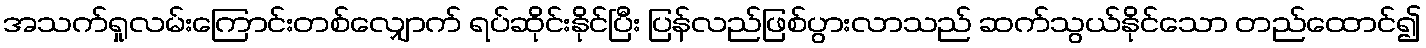
အသက်ရှုလမ်းကြောင်းတစ်လျှောက် ရပ်ဆိုင်းနိုင်ပြီး ပြန်လည်ဖြစ်ပွားလာသည် ဆက်သွယ်နိုင်သော တည်ထောင်၍